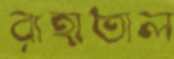
রাহাতাল